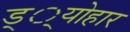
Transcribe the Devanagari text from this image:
ड््योहार